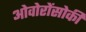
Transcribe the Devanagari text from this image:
ओवोरोंसोकी